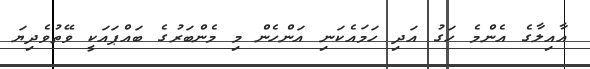
އާއިލާގެ އެންމެ ހަގު އަދި ހަމައެކަނި އަންހެން މި މެންބަރުގެ ބައްޕައަކީ ވޭތުވެދިޔަ